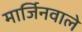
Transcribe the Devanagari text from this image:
मार्जिनवाले